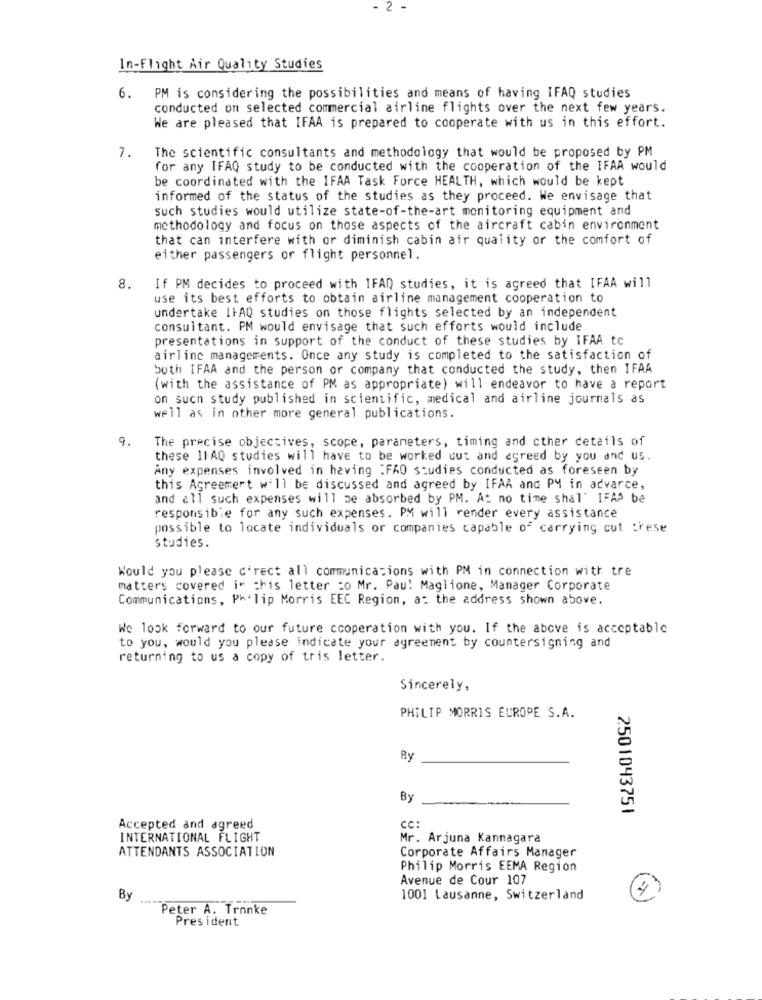
2
In-Flight Air Quality Studies
6. PM is considering the possibilities and means of having IFAQ studies
conducted on selected commercial airline flights over the next few years.
We are pleased that IFAA is prepared to cooperate with us in this effort.
7.
The scientific consultants and methodology that would be proposed by PM
for any IFAQ study to be conducted with the cooperation of the IFAA would
be coordinated with the IFAA Task Force HEALTH, which would be kept
informed of the status of the studies as they proceed. We envisage that
such studies would utilize state-of-the-art monitoring equipment and
methodology and focus on those aspects of the aircraft cabin environment
that can interfere with or diminish cabin air quality or the comfort of
either passengers or flight personnel.
8.
If PM decides to proceed with IFAQ studies, it is agreed that IFAA will
use its best efforts to obtain airline management cooperation to
undertake IFAQ studies on those flights selected by an independent
consultant. PM would envisage that such efforts would include
presentations in support of the conduct of these studies by IFAA tc
airline managements. Once any study is completed to the satisfaction of
both IFAA and the person or company that conducted the study, then IFAA
(with the assistance of PM as appropriate) will endeavor to have a report
on such study published in scientific, medical and airline journals as
well as in other more general publications.
9.
The precise objectives, scope, parameters, timing and other details of
these 11AQ studies will have to be worked out and agreed by you and us.
Any expenses involved in having :FAO studies conducted as foreseen by
this Agreement will be discussed and agreed by IFAA and PM in advarce,
and all such expenses will be absorbed by PM. At no time shal" IFAP be
responsible for any such expenses. PM will render every assistance
possible to locate individuals or companies capable of carrying cut trese
studies.
Would you please c'rect all communications with PM in connection with tre
matters covered in this letter :o Mr. Pau! Maglione, Manager Corporate
Communications, Ph lip Morris EEC Region, at the address shown above.
We look forward to our future cooperation with you. If the above is acceptable
to you, would you please indicate your agreement by countersigning and
returning to us a copy of tris letter.
Sincerely,
PHILIP MORRIS EUROPE S.A.
By
By
2501043751
Accepted and agreed
cc:
INTERNATIONAL FLIGHT
Mr. Arjuna Kannagara
ATTENDANTS ASSOCIATION
Corporate Affairs Manager
Philip Morris EEMA Region
Avenue de Cour 107
4
By
1001 Lausanne, Switzerland
Peter A. Tronke
President